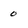
Character: o